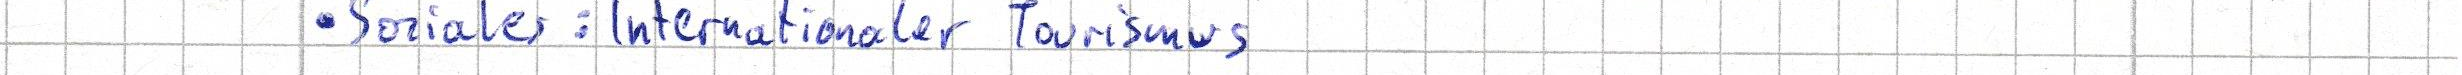
- Soziales: Internationaler Tourismus